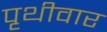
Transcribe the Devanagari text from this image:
पृथीवार